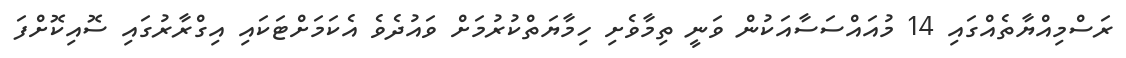
ރަސްމިއްޔާތެއްގައި 14 މުއައްސަސާއަކުން ވަނީ ތިމާވެށި ހިމާޔަތްކުރުމަށް ވައުދެވެ އެކަމަށްޓަކައި އިގްރާރުގައި ސޮއިކޮށްފަ